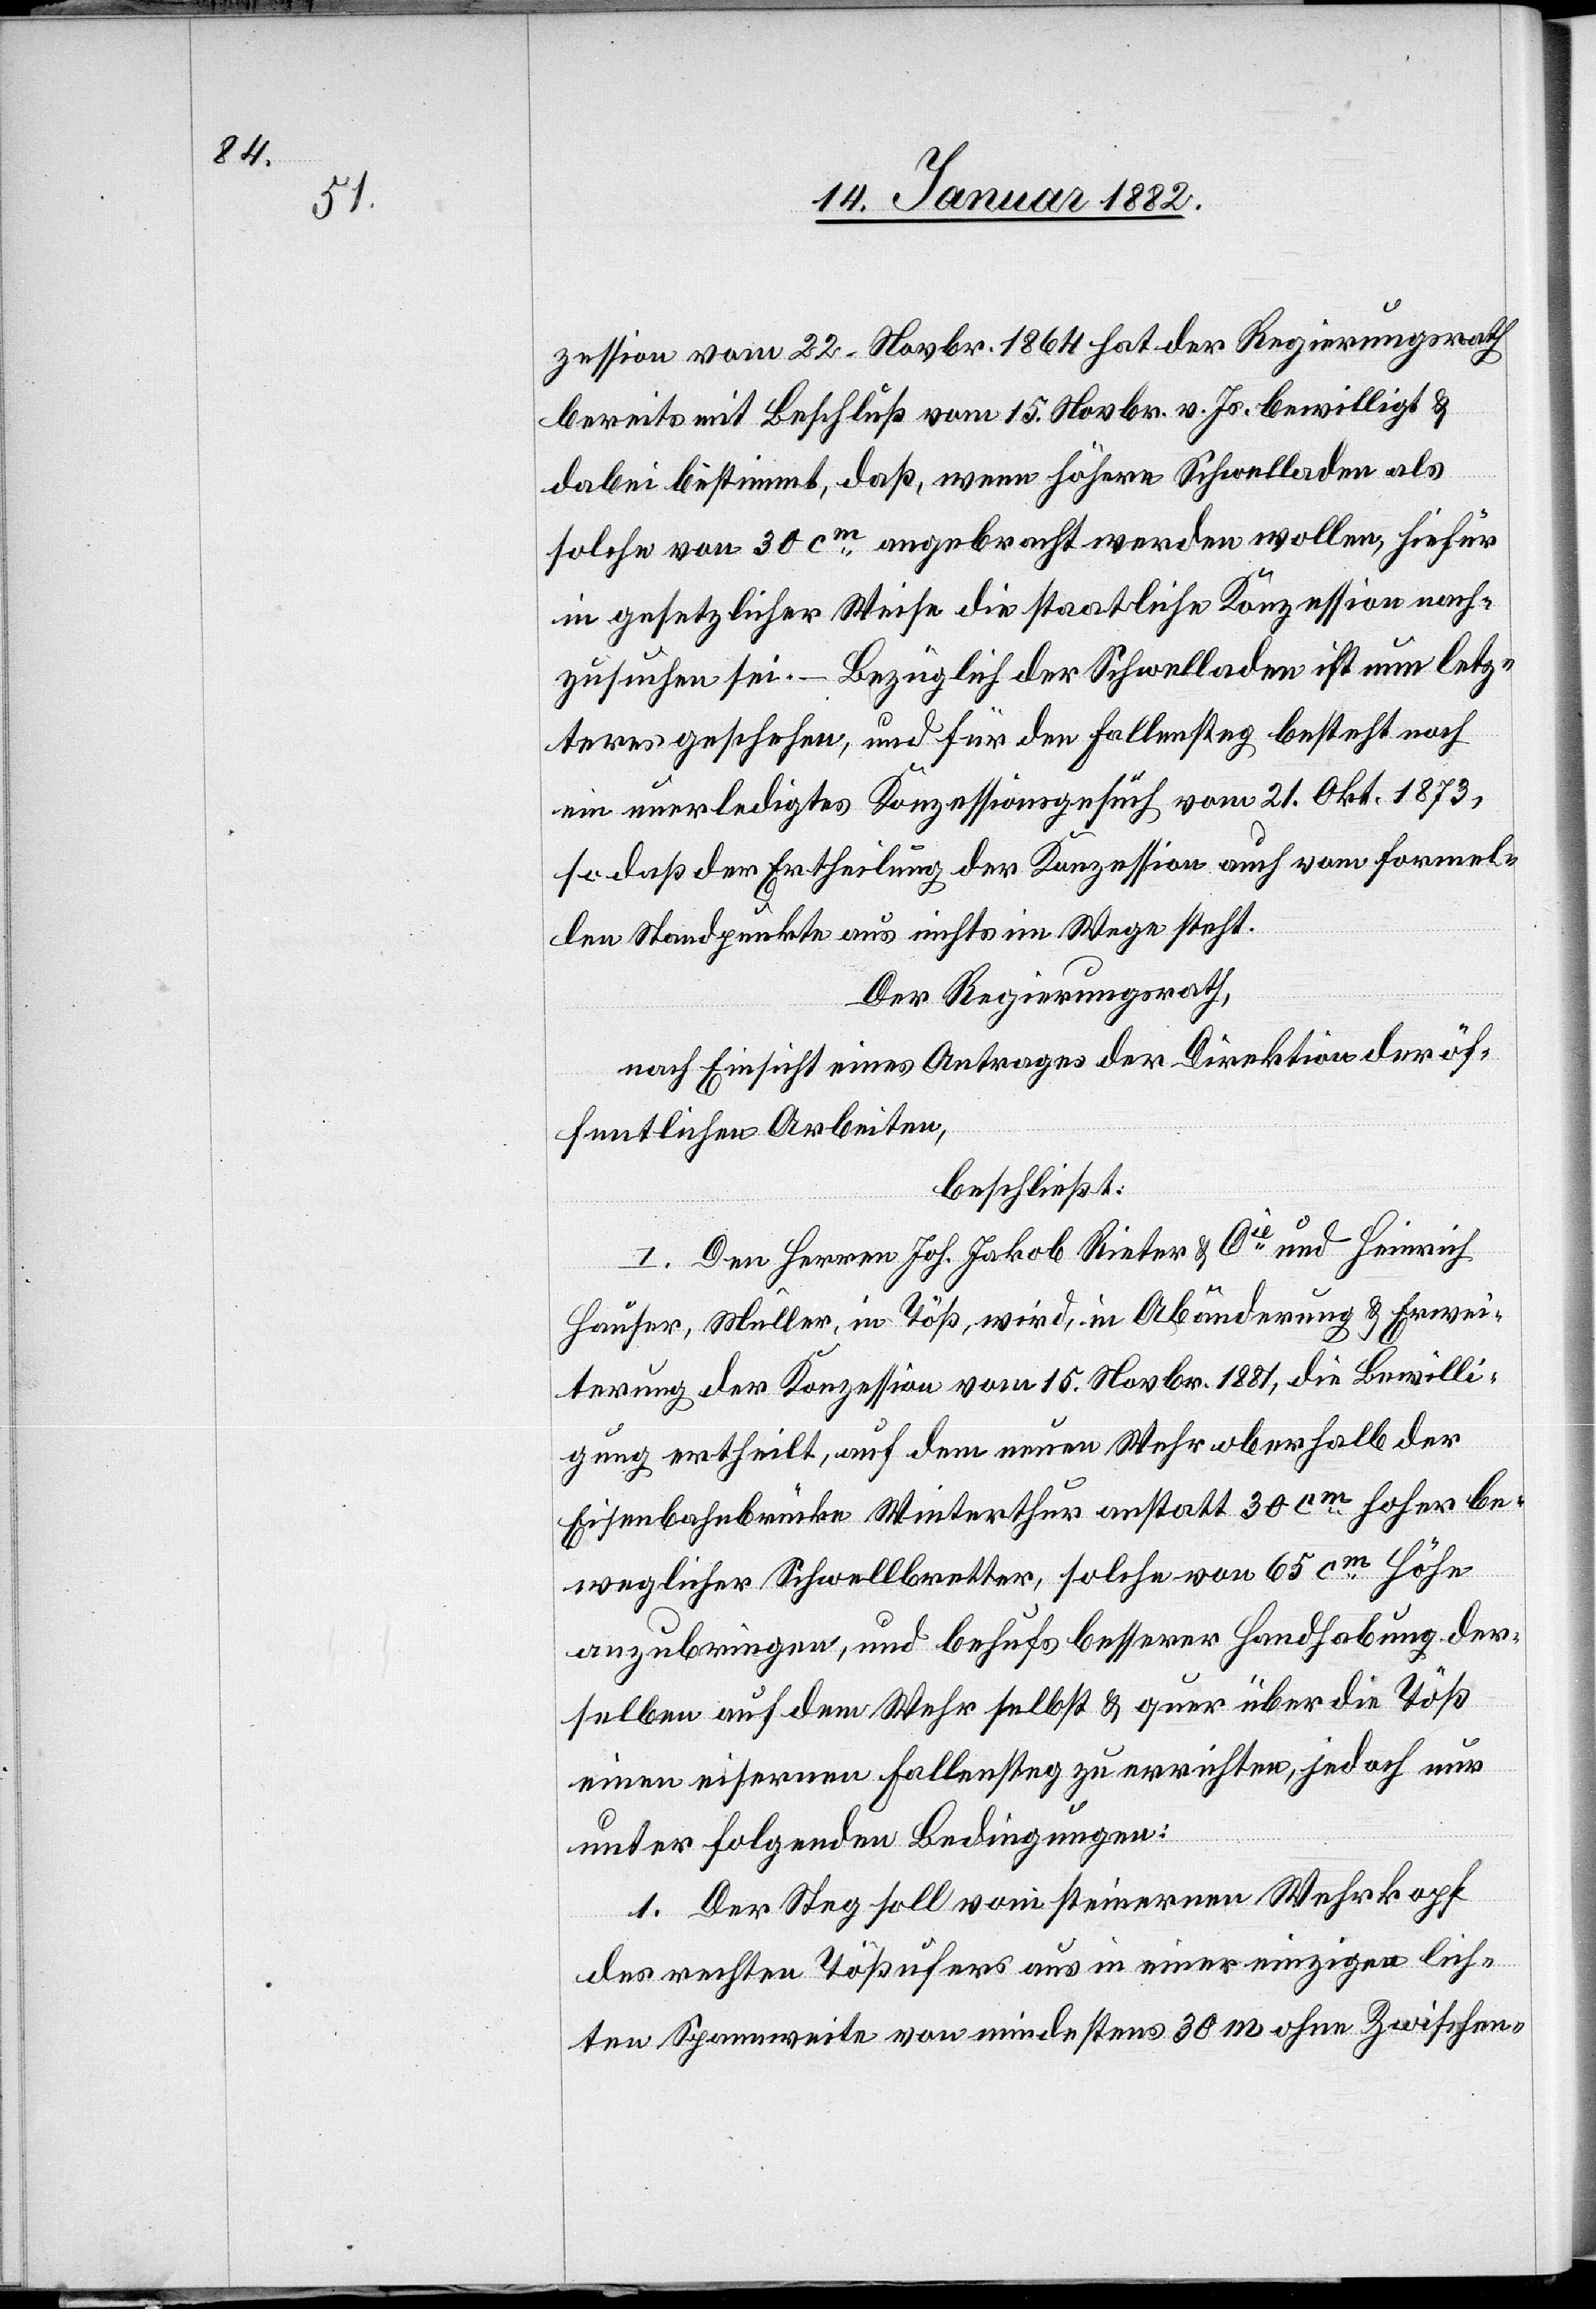
zession vom 22. Novbr. 1864 hat der Regierungsrath
bereits mit Beschluß vom 15. Novbr. v. Js. bewilligt &
dabei bestimmt, daß, wenn höhere Schwelladen als
solche von 30 cm angebracht werden wollen, hiefür
in gesetzlicher Weise die staatliche Konzession nach¬
zusuchen sei. – Bezüglich der Schwelladen ist nun letz¬
teres geschehen, und für den Fallensteg besteht noch
ein unerledigtes Konzessionsgesuch vom 21. Okt. 1873,
so daß der Ertheilung der Konzession auch vom formel¬
len Standpunkte aus nichts im Wege steht.
Der Regierungsrath,
nach Einsicht eines Antrages der Direktion der öf¬
fentlichen Arbeiten,
beschließt:
I. Den Herren Joh. Jakob Rieter & Cie und Heinrich
Hauser, Müller, in Töß, wird, in Abänderung & Erwei¬
terung der Konzession vom 15. Novbr. 1881, die Bewilli¬
gung ertheilt, auf dem neuen Wehr oberhalb der
Eisenbahnbrücke Winterthur anstatt 30 cm hoher be¬
weglicher Schwellbretter, solche von 65 cm Höhe
anzubringen, und behufs besserer Handhabung der¬
selben auf dem Wuhr selbst & quer über die Töß
einen eisernen Fallensteg zu errichten, jedoch nur
unter folgenden Bedingungen:
1. Der Steg soll vom steinernen Wehrkopf
des rechten Tößufers aus in einer einzigen lich¬
ten Spannweite von mindestens 30 m ohne Zwischen-